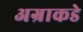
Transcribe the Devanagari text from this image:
अग्राकडे